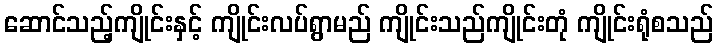
ဆောင်သည့်ကျိုင်းနှင့် ကျိုင်းလပ်ရွာမည် ကျိုင်းသည်ကျိုင်းတုံ ကျိုင်းရုံစသည်